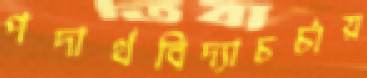
পদার্থবিদ্যাচর্চায়